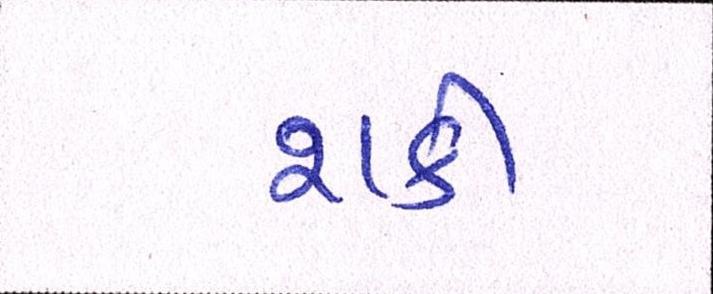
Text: શકી